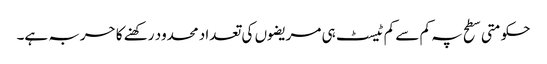
حکومتی سطح پہ کم سے کم ٹیسٹ ہی مریضوں کی تعداد محدود رکھنے کا حربہ ہے۔